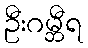
ဦးဂမ္ဘီရ